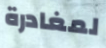
لمغادرة